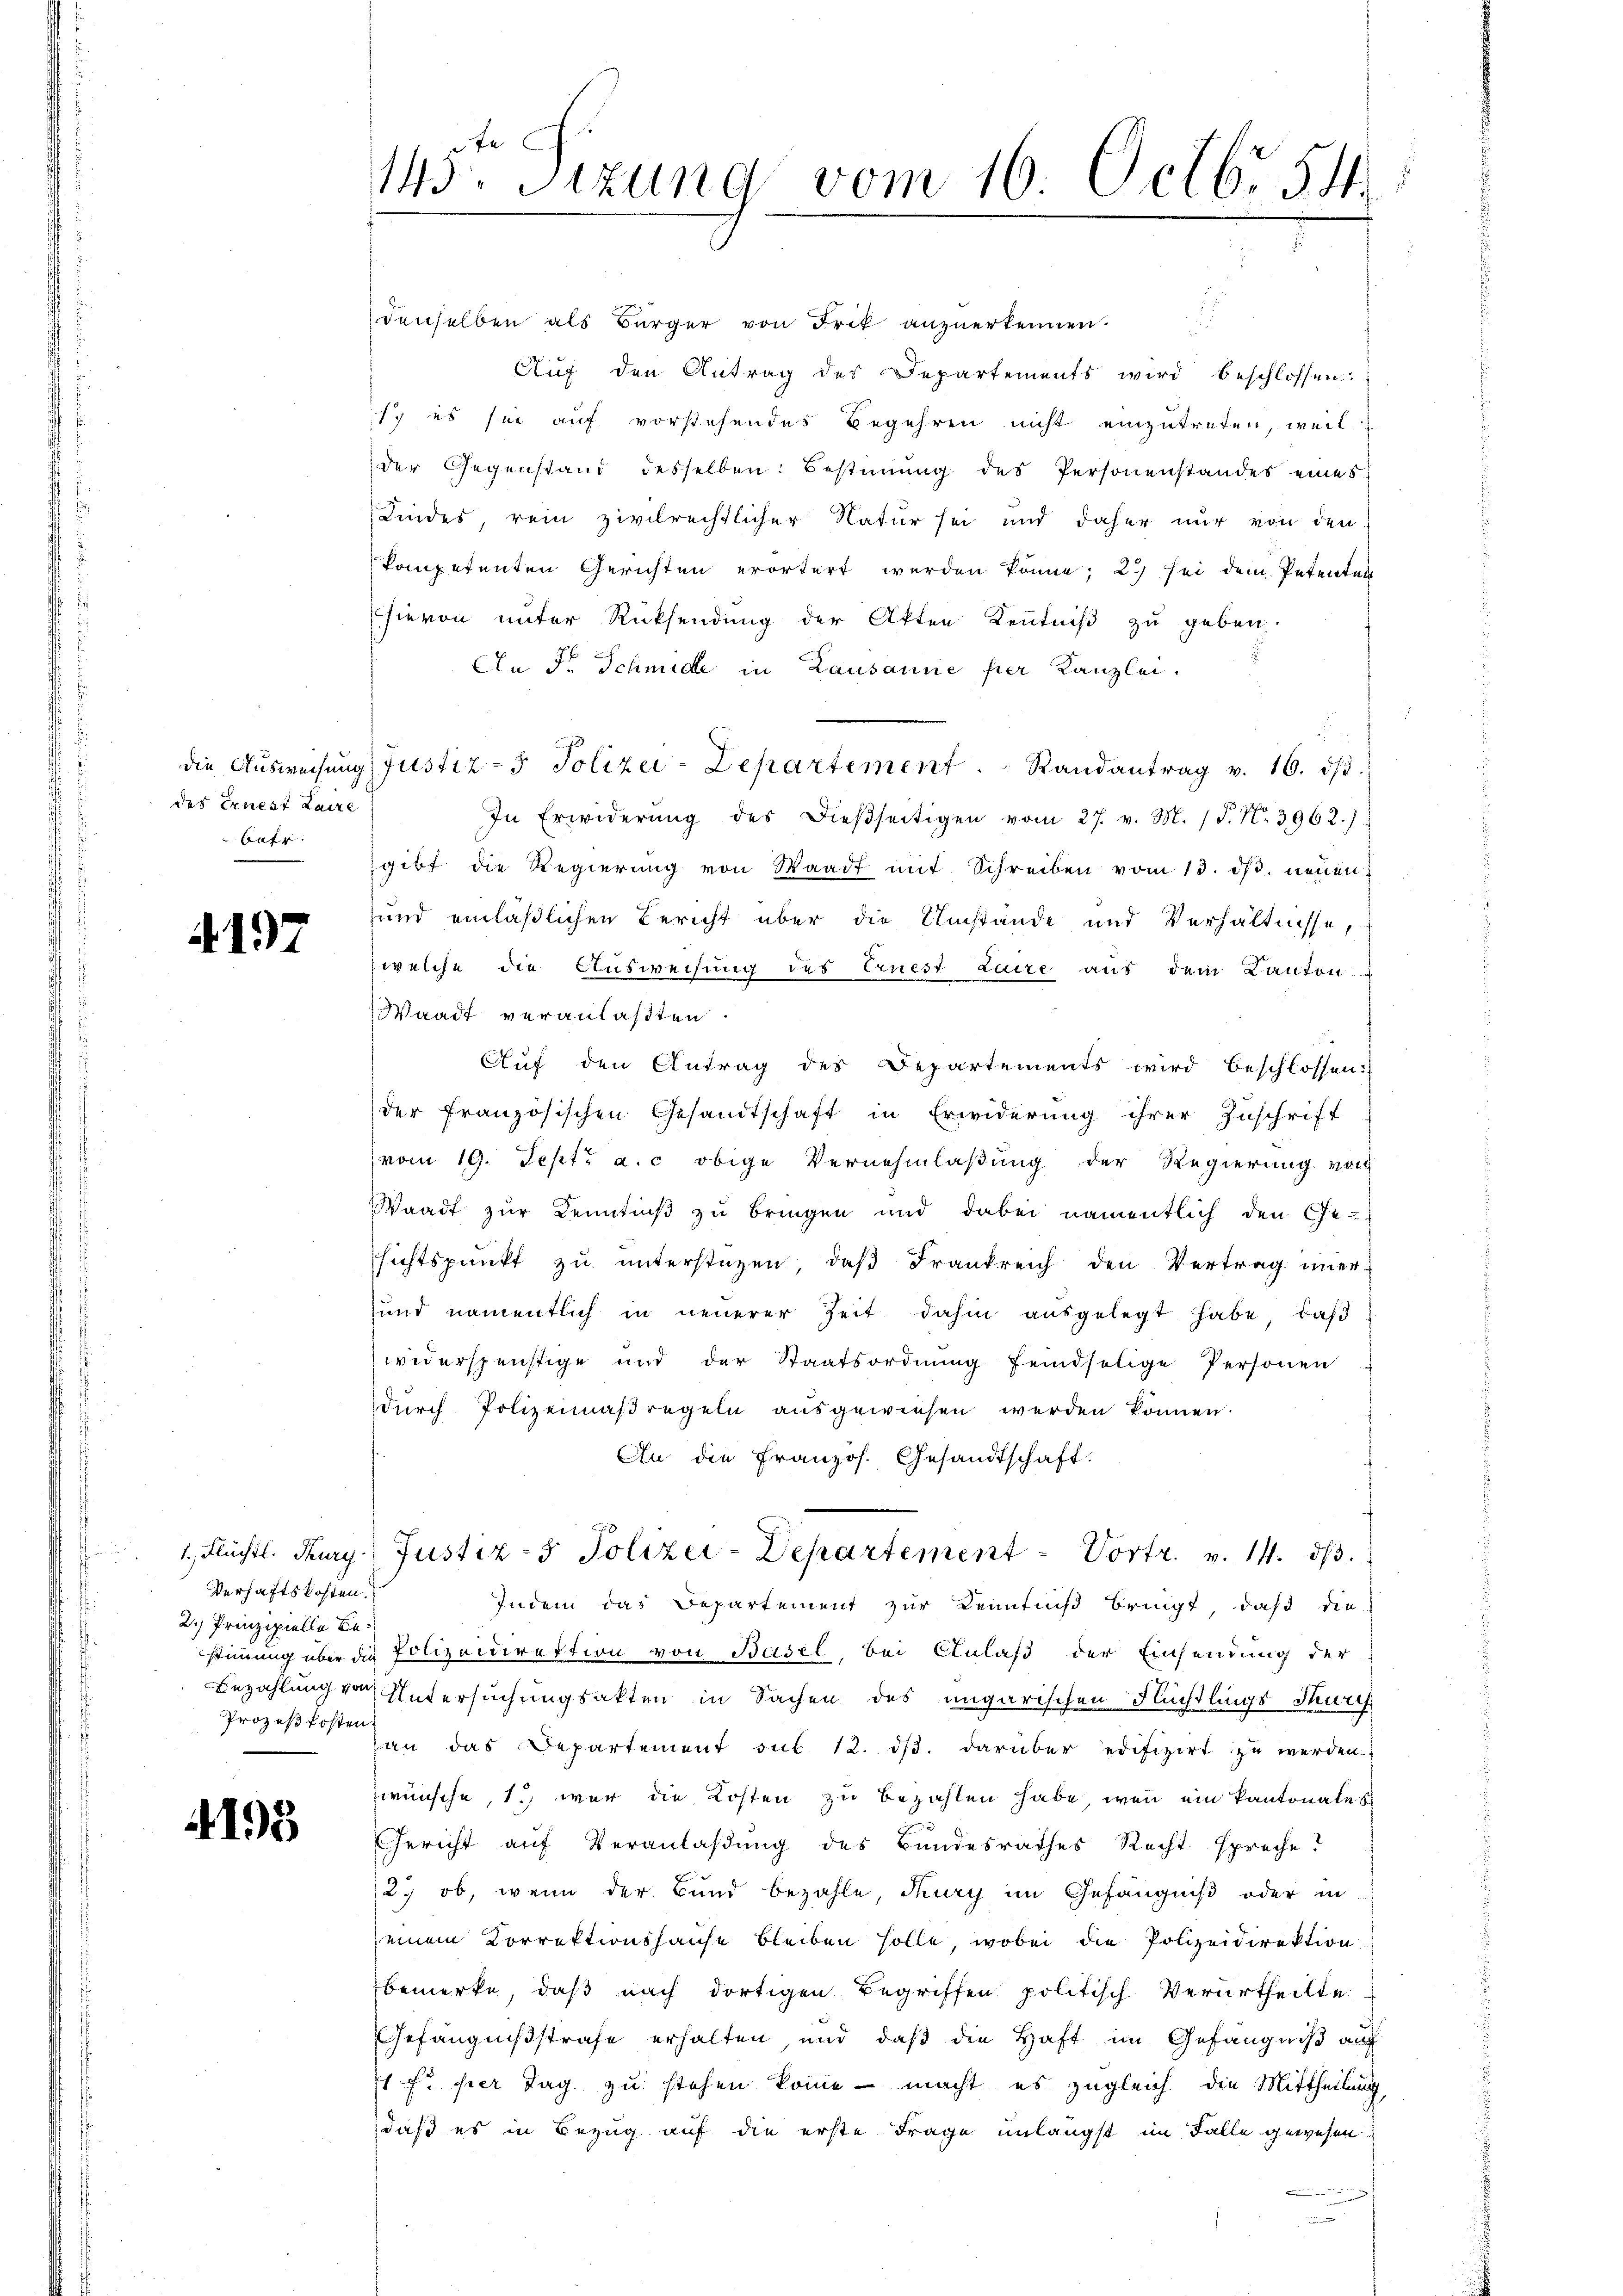
des Ernest Laize
Aatr.

4197

Verhaftskosten.
2.) Prinzipielle Be¬
Prozeßkosten

4193

145. Sizung vom 16. Octb. 54

i
denselben als Bürger von Frik anzŭerkennen.
u
Auf den Antrag des Departements wird beschlossen:
sch es sei auf vorstehendes Begehren nicht einzutreten, weil
der Gegenstand desselben: Bestiṁŭng des Personenstandes eines
Kindes, rein zivilrechtlicher Natur sei und daher nur von den
kompetenten Gerichten erörtert werden könne; 2.) sei dem Petenten
hievon unter Rücksendung der Akten Kenntniß zu geben.
An Fr. Schmide in Lausanne per Kanzlei.
In Erwiderŭng des dießseitigen vom 27. v. M. / 5. No. 3962.)
gibt die Regierung von Waadt mit Schreiben vom 13. dβ. neuen
und einläßlichen Bericht über die Umstände und Verhältnisse,
(welche die Ausweisung des Ernest Luire aus dem Kanton
Waadt veranlaßten.
Auf den Antrag des Departements wird beschlossen:
der französischen Gesandtschaft in Erwiderung ihrer Zuschrift
vom 19. Sept. a. c obige Vernehmlaßung der Regierung von
Waadt zur Kenntniß zu bringen und dabei namentlich den Gesichtspunkt zu unterstüzen, daß Frankreich den Vertrag immer-
und namentlich in neuerer Zeit dahin ausgelegt habe, daß
widerspünstige und der Staatsordnŭng feindselige Personen
durch Polizeimaßregeln ausgewiesen werden können.
An die Französ. Gesandtschaft.
1 Flüchtl. Tury Justiz- & Polizei-Departement - Vortr. v. 14. dβ.
Indem das Departement zur Kenntniß bringt, daß die
stimmung über die Polizeidirektion von Basel, bei Anlaß der Einsendung der
Bezahlung von Untersuchungsakten in Sachen des ungarischen Flüchtlings Sarg
an das Departement sub 12. dβ. darüber edifizirt zŭ werden.
wünsche, 1. war die Kosten zu bezahlen habe, wenn ein kantonale s
Gericht auf Veranlaßung des Bundesrathes Recht spreche?
27 ob, wenn der Bund bezahle, Thury im Gefängniß oder in
einem Korrektionshause bleiben solle, wobei die Polizeidirektion
bemerke, daß nach dortigen Begriffen politisch Verurtheilte
Gefängnißstrafe erhalten, und daß die Haft im Gefängniß auf
71 f. hier Tag zu stehen komme - macht, es zugleich die Mittheilung
daß es in Bezug auf die erste Frage unlängst im Falle gewesen

die Aŭsweisŭng Justiz- & Polizei-Departement . .  Randantrag v. 16. dβ.